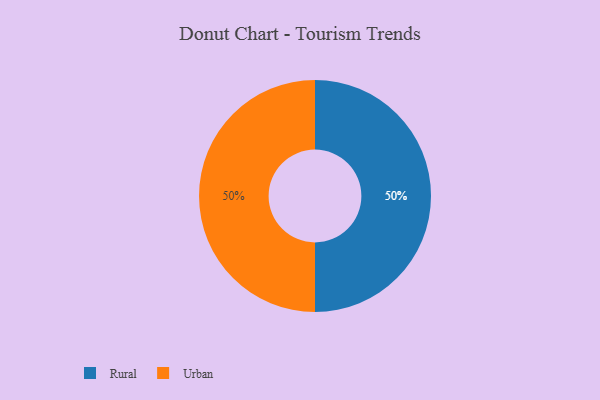
{"axis": {"x": "Category", "y": "Percentage"}, "legend": ["Rural", "Urban"], "data": [{"x": "Rural", "y": 50, "type": "Rural"}, {"x": "Urban", "y": 50, "type": "Urban"}]}